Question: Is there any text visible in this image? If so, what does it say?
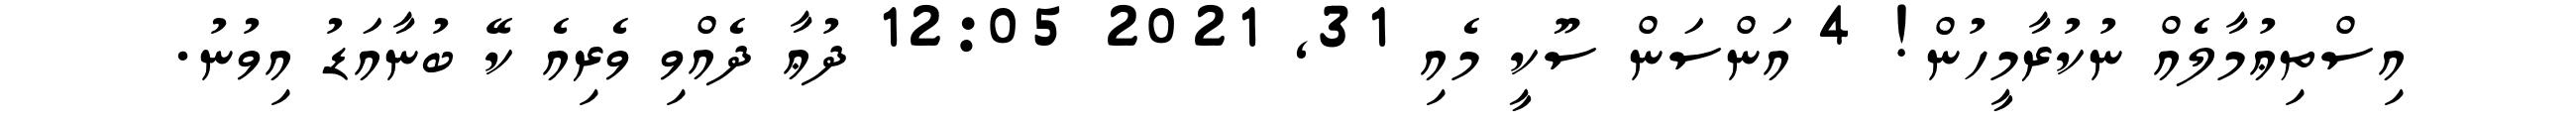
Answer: އިސްތިޢުމާލެއް ނުކުރާމީހުން! 4 އަންސަން ސޫކީ މެއި 31, 2021 12:05 ދުޢާ ދެއްވި ވެރިއެ ކޭ ބުނާއަޑު އިވުނު.